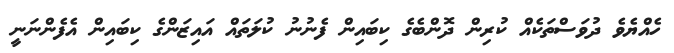
ހެއްޔެވެ ދުވަސްތަކެއް ކުރިން ދޮންބެގެ ކިބައިން ފެނުނު ކުލަތައް އައިޒަންގެ ކިބައިން އެފެންނަނީ